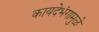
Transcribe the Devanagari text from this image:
कायदेभंगामुळे